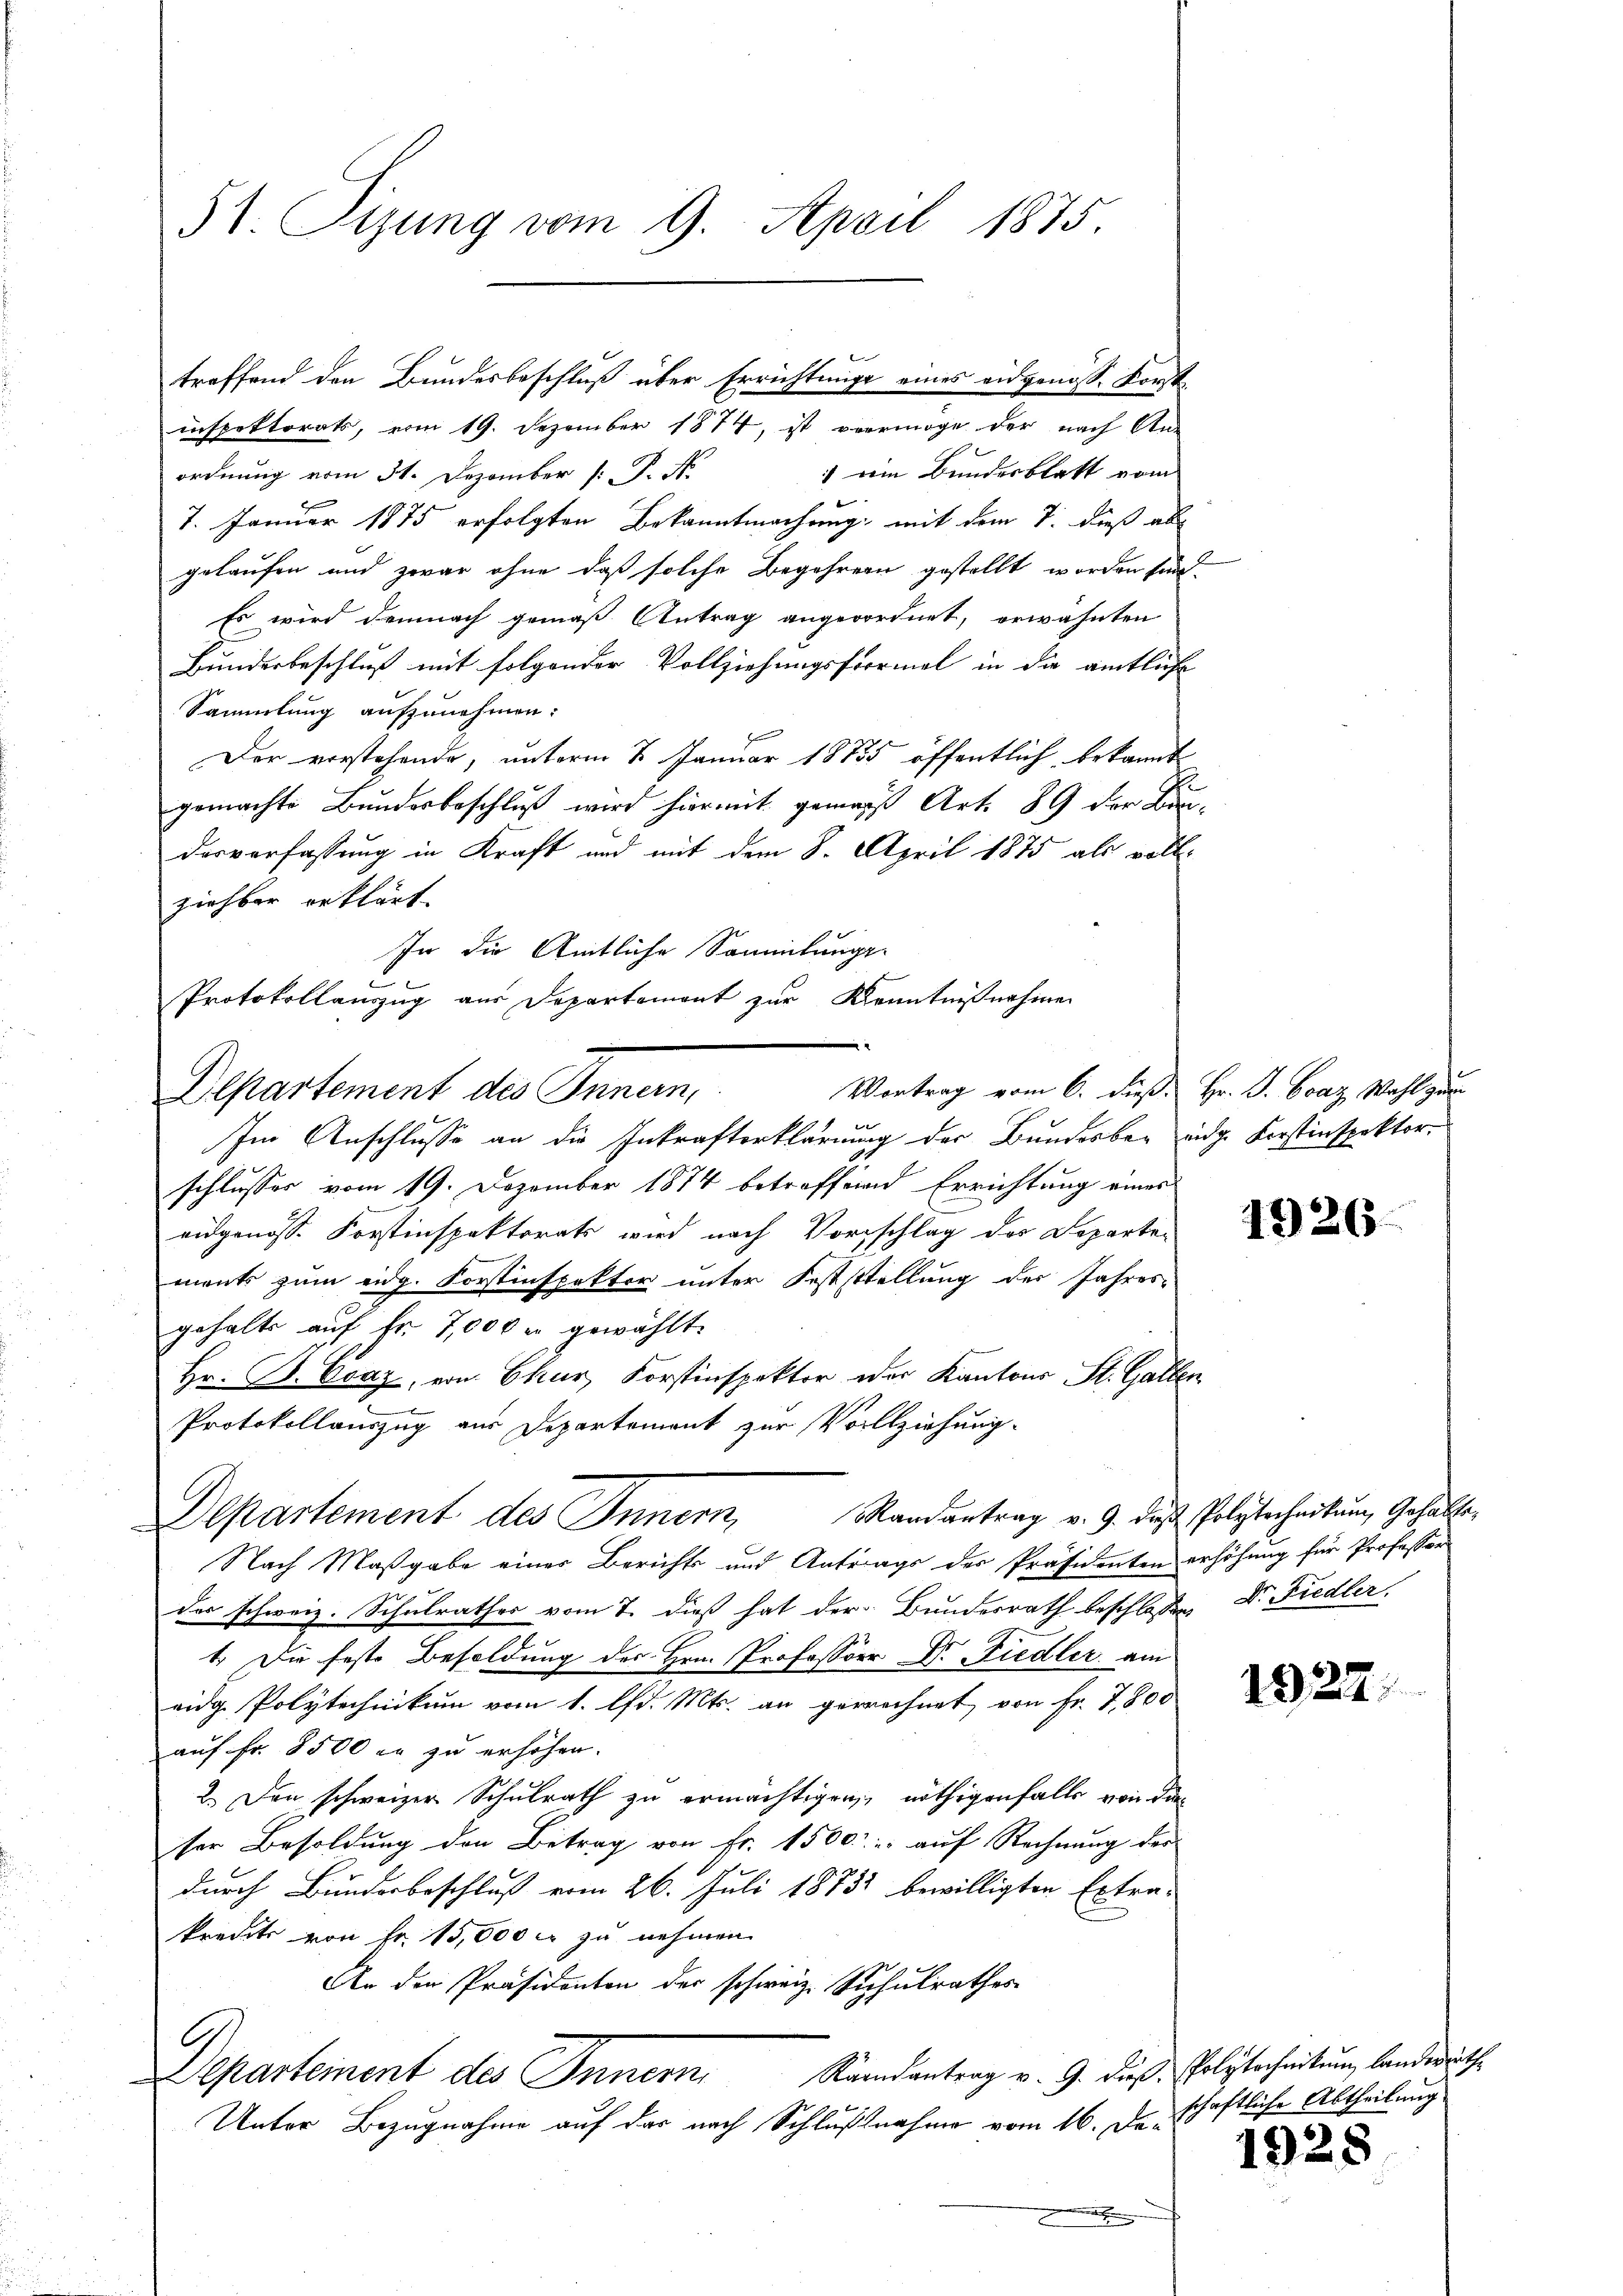
57. Dezung vom 9. April 1875.

treffend den Bundesbeschluß über Errichtungs eines eidgenöss. Forst
inspektorats, vom 19. Dezember 1874, ist vermöge der nach An¬
) ein Bundesblatt vom
ordnung vom 31. Dezember (: P. Nr.
7. Januar 1875 erfolgten Bekanntmachung, mit dem 7. dieß ab
gelaufen und zwar ohne daß solche Begehrern gestellt worden sind.
Es wird demnach gemäß Antrag angeordnet, erwähnten
Bunderbeschluß mit folgender Vollziehungsformel in die amtliche
Sammlung aufzunehmen:
Der vorstehende, unterm 2. Januar 18735 öffentlich, bekannt
gemachte Bundesbeschluß wird hiermit gemach Art. 89 der Bundesverfassung in Kraft und mit dem 8. April 1875 als voll-
ziehbar erklärt.
In die Amtliche Sammlungs-
Protokollanzug aus Departement zur Kenntnißnahme
Vortrag vom 6. dieß Hr. J. Graz Wahl zum
Departement des Innern,
Im Anschlusse an die Inkrafterklärung der Bundesber eidg. Forstinspektorschlusses vom 19. Dezember 1874 betroffend Errichtung eines
augenoss. Forstinspektorats wird nach Vorschlag des Departements zum eidg. Forstinspektor unter Feststellung der Jahres-
gehalts aŭf fr. 7,000 u gewählt.
Hr. B. Evaz, von Ekur Forstinspektor der Kantons St. Gallen
Protokollauszug aus Departement zur Vollziehung.
Departement des Innern, Randantrag v. 9. das Polytechnitum, Gehalte,
Nach Maßgabe einer Berichts und Antrags der Präsidenten erhöhung für Professor
des schweiz. Schulrathes vom 7. dieß hat der Bundesrath beschlossen Dr. Fiedler
1. Die feste Besoldung des Hrn. Professor Dr. Fiedler am
eidg. Polytechnikum vom 1. d. Mts. an gerechnet, von Fr. 7,800
auf Fr. 8500 in zu erhöhen.
2. Den schweizer Schulrath zu ermächtigen, nöthigenfalls von die
ter Besoldung den Betrag von Fr. 1500 " auf Rechnung des
durch Bunderbeschluß vom 26. Juli 18731 bewilligten Extra-
kredits von Fr. 15,000 er zu nehmen.
An der Präsidenten der schweiz. Schulrathes
G
Departement des Innern, Randantrag v. 9. dieß. Polytechnitung landeräthe
Unter Bezugnahme auf das nach Schlußnahme vom 16. Deschaftliche Abtheilung

1926.

1922.

1928